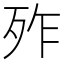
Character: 𣧫